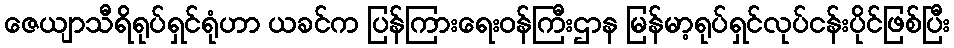
ဇေယျာသီရိရုပ်ရှင်ရုံဟာ ယခင်က ပြန်ကြားရေးဝန်ကြီးဌာန မြန်မာ့ရုပ်ရှင်လုပ်ငန်းပိုင်ဖြစ်ပြီး